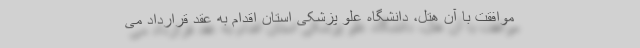
موافقت با آن هتل، دانشگاه علو پزشکی استان اقدام به عقد قرارداد می